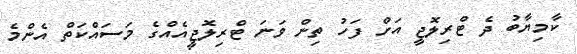
ކާމިޔާބު ދެ ޓްރިލޮޖީ އަށް ފަހު ތިން ވަނަ ޓްރިލޮޖީއެއްގެ މަސައްކަތް އެންމެ